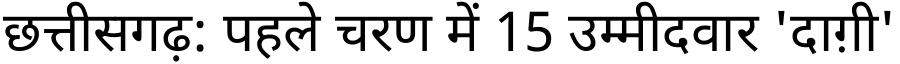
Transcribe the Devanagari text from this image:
छत्तीसगढ़: पहले चरण में 15 उम्मीदवार 'दाग़ी'